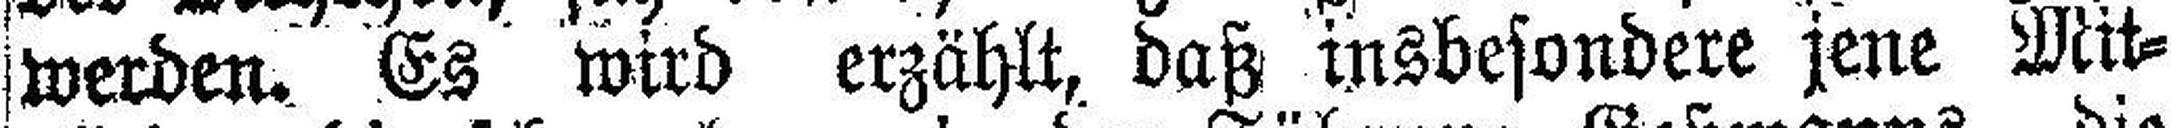
werden. Es wird erzählt, daß insbesondere jene Mit¬